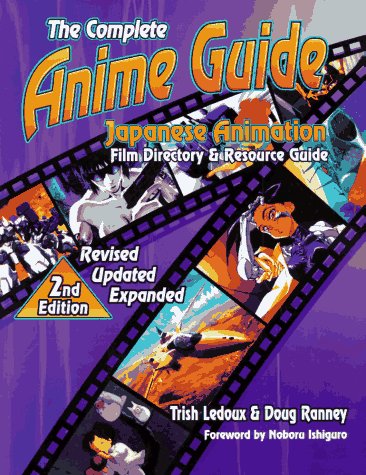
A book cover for The Complete Anime Guide: Japanese Animation Film Directory & Resource Guide; Trish Ledoux; Humor & Entertainment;